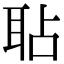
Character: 𦕒